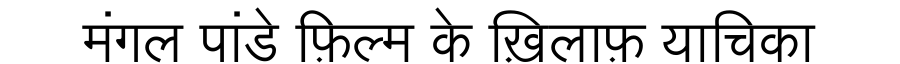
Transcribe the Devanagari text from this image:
मंगल पांडे फ़िल्म के ख़िलाफ़ याचिका